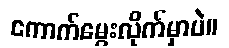
ကောက်မွေးလိုက်မှာပဲ။